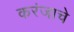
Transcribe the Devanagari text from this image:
करंजाचे